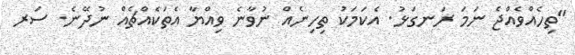
"ތިހެއްވެއްޖެ ނަމަ ރަނގަޅު. އެކަމަކު ތިހިނެއް ނުވާނެ ވިއްޔާ އެތަކެއްޗެއް ނުދޭނެ. ސަރ